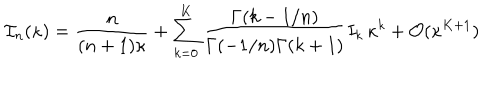
{ \cal I } _ { n } ( \kappa ) = { \frac { n } { ( n + 1 ) \kappa } } + \sum _ { k = 0 } ^ { K } { \frac { \Gamma ( k - 1 / n ) } { \Gamma ( - 1 / n ) \Gamma ( k + 1 ) } } I _ { k } \, \kappa ^ { k } + { \cal O } ( \kappa ^ { K + 1 } )